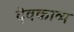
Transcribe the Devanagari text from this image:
देवकाव्य